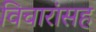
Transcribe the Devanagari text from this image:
विचारांसह